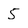
Character: 5